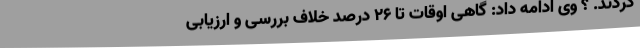
کردند. ؟ وی ادامه داد: گاهی اوقات تا ۲۶ درصد خلاف بررسی و ارزیابی